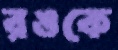
রঙকে